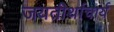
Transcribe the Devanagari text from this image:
जयतीर्थाचार्य